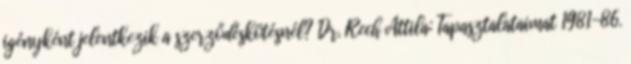
igényként jelentkezik a szerződéskötésnél? Dr. Rech Attila: Tapasztalataimat 1981-86.